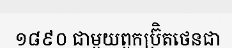
១៨៩០ ជាមួយពួកប្រ៊ិតថេនជា